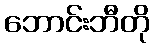
ဘောင်းဘီတို